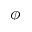
\phi